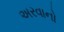
અરવાનો